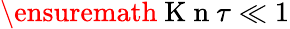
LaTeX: \ensuremath{\mathrm{~K~n~}}\tau\ll 1